Scottish Leaving Certificate Examination, 1954
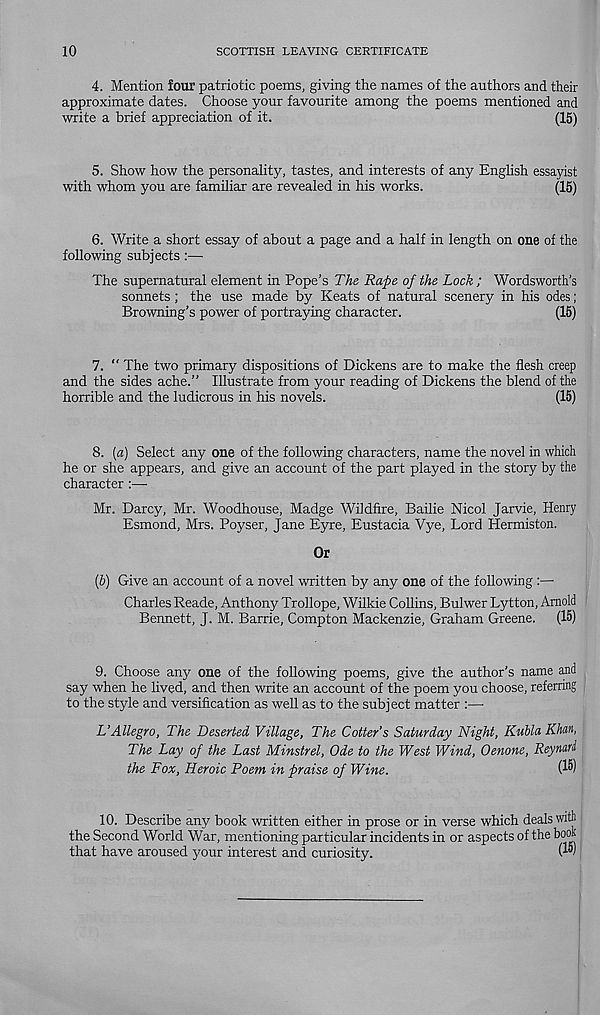
10
SCOTTISH LEAVING CERTIFICATE
4.
Mention four patriotic poems, giving the na
approximate dates. Choose your favourite among the poems mentioned and
write a brief appreciation of it.
(15)
5.
Show how the personality, tastes, and inter
with whom you are familiar are revealed in his works.
(15)
6.
Write a short essay of about a page and a
following subjects:—
The supernatural element in Pope’s The Rape of the Lock ; Wordsworth’s
sonnets; the use made by Keats of natural scenery in his odes;
Browning’s power of portraying character.
(15)
7.
“ The two primary dispositions of Dickens
and the sides ache.” Illustrate from your reading of Dickens the blend of the
horrible and the ludicrous in his novels.
(15)
8.
(a) Select any one of the following charact
he or she appears, and give an account of the part played in the story by the
character:—-
Mr. Darcy, Mr. Woodhouse, Madge Wildfire, Bailie Nicol Jarvie, Henry
Esmond, Mrs. Poyser, Jane Eyre, Eustacia Vye, Lord Hermiston.
Or
(b) Give an account of a novel written by any one of the following
Charles Reade, Anthony Trollope, Wilkie Collins, Bulwer Lytton, Arnold
Bennett, J. M. Barrie, Compton Mackenzie, Graham Greene.
(15)
9. Choose any one of the following poems, give the author’s name and
say when he lived, and then write an account of the poem you choose, referring
to the style and versification as well as to the subject matter :—
UAllegro, The Deserted Village, The Cotter’s Saturday Night, Kubla Khan,
The Lay of the Last Minstrel, Ode to the West Wind, Oenone, Reynari
the Fox, Heroic Poem in praise of Wine.
(1®)
10. Describe any book written either in prose or in verse which deals with
the Second World War, mentioning particular incidents in or aspects of the book
that have aroused your interest and curiosity.
(1")